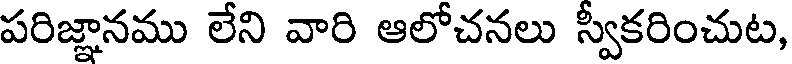
పరిజ్ఞానము లేని వారి ఆలోచనలు స్వీకరించుట,